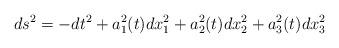
LaTeX: \begin{align*}ds^{2} = -dt^{2} + a_{1}^{2}(t)dx_{1}^{2} + a_{2}^{2} (t)dx_{2}^{2}+ a_{3}^{2} (t)dx_{3}^{2}\end{align*}